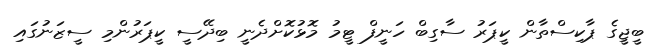
ބީޖީގެ ޕާކިސްތާން ކީޕަރު ސާގިބް ހަނީފް ޓީމު މޮޅުކޮށްދެނީ ބިދޭސީ ކީޕަރުންމި ސީޒަނުގައި